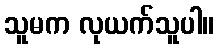
သူမက လုယက်သူပါ။